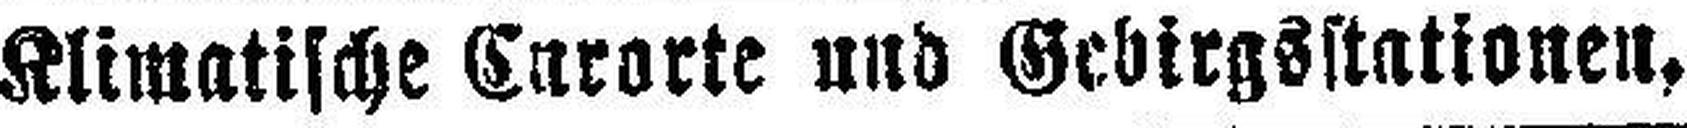
Klimatische Curorte und Gebirgsstationen.